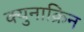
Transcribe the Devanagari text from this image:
क्युनाक्रिन